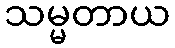
သမ္မတာယ